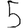
Digit: 5